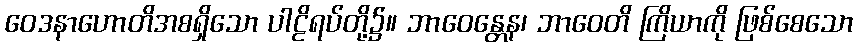
ဝေဒနာဟောတိအစရှိသော ပါဠိရပ်တို့၌။ ဘာဝေန္တေန၊ ဘာဝေတိ ကြိယာကို ဖြစ်စေသော